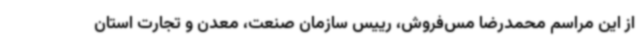
از این مراسم محمدرضا مس‌فروش، رییس سازمان صنعت، معدن و تجارت استان